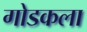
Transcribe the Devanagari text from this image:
गोडकला